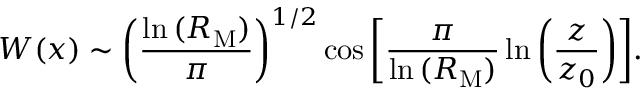
W ( x ) \sim \bigg ( \frac { \ln { ( R _ { \mathrm { M } } ) } } { \pi } \bigg ) ^ { 1 / 2 } \cos { \bigg [ \frac { \pi } { \ln { ( R _ { \mathrm { M } } ) } } \ln { \bigg ( \frac { z } { z _ { 0 } } \bigg ) } \bigg ] } .